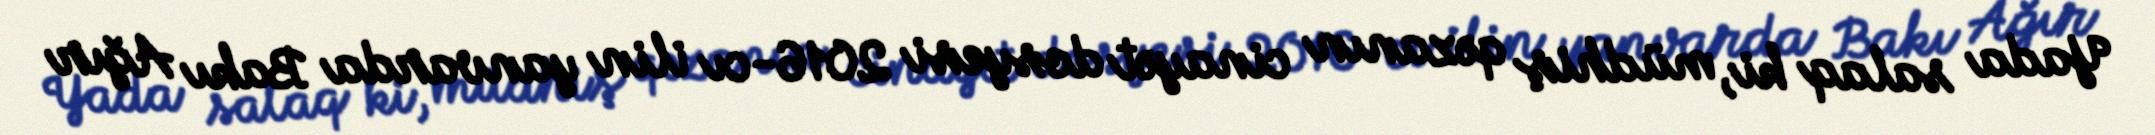
Yada salaq ki, müdhiş qəzanın cinayət dosyesi 2016-cı ilin yanvarda Bakı Ağır